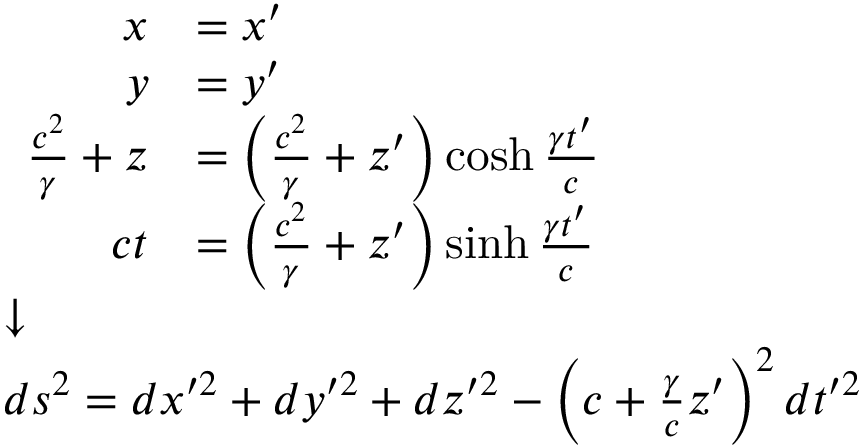
\scriptstyle { \begin{array} { l } { { \begin{array} { r l } { x } & { = x ^ { \prime } } \\ { y } & { = y ^ { \prime } } \\ { { \frac { c ^ { 2 } } { \gamma } } + z } & { = \left( { \frac { c ^ { 2 } } { \gamma } } + z ^ { \prime } \right) \cosh { \frac { \gamma t ^ { \prime } } { c } } } \\ { c t } & { = \left( { \frac { c ^ { 2 } } { \gamma } } + z ^ { \prime } \right) \sinh { \frac { \gamma t ^ { \prime } } { c } } } \end{array} } } \\ { { \boldsymbol { \downarrow } } } \\ { d s ^ { 2 } = d x ^ { \prime 2 } + d y ^ { \prime 2 } + d z ^ { \prime 2 } - \left( c + { \frac { \gamma } { c } } z ^ { \prime } \right) ^ { 2 } d t ^ { \prime 2 } } \end{array} }